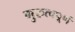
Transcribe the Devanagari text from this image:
गुरुत्वपूर्ण